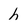
Character: h